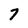
Character: 7